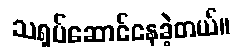
သရုပ်ဆောင်နေခဲ့တယ်။